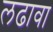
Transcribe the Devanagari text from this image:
लढावा